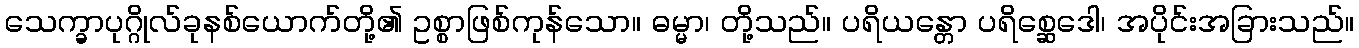
သေက္ခာပုဂ္ဂိုလ်ခုနစ်ယောက်တို့၏ ဥစ္စာဖြစ်ကုန်သော။ ဓမ္မာ၊ တို့သည်။ ပရိယန္တော ပရိစ္ဆေဒေါ၊ အပိုင်းအခြားသည်။